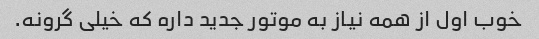
خوب اول از همه نیاز به موتور جدید داره که خیلی گرونه.